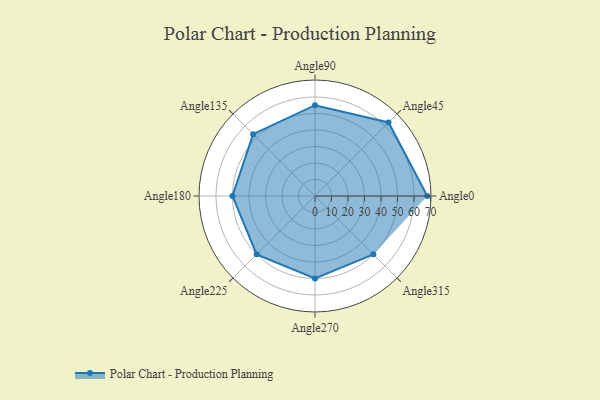
{"axis": {"x": "Angle", "y": "Radius"}, "legend": [""], "data": [{"x": "Angle0", "y": 68.0, "type": ""}, {"x": "Angle45", "y": 63.0, "type": ""}, {"x": "Angle90", "y": 55.0, "type": ""}, {"x": "Angle135", "y": 53.0, "type": ""}, {"x": "Angle180", "y": 50, "type": ""}, {"x": "Angle225", "y": 50, "type": ""}, {"x": "Angle270", "y": 50, "type": ""}, {"x": "Angle315", "y": 50, "type": ""}]}